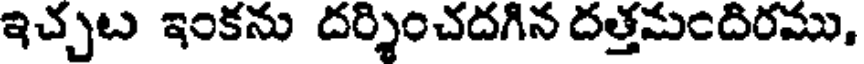
ఇచ్చుట ఇంకను దర్శించదగిన దత్తమందిరము,